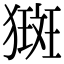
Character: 𤡰